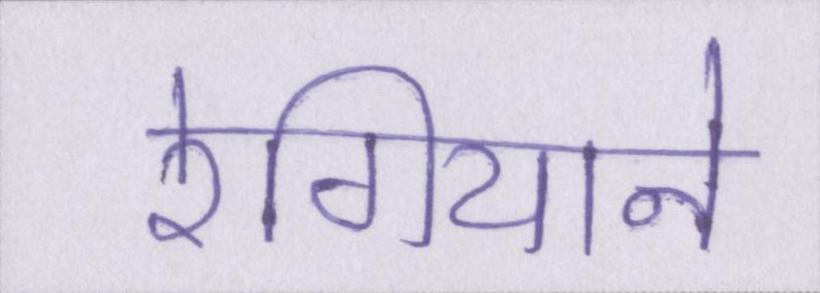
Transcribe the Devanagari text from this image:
रेगियाने